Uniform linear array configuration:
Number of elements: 48
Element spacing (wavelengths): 0.75
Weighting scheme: uniform
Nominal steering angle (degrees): -60
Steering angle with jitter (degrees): -58.192
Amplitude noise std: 0.05
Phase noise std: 0.05

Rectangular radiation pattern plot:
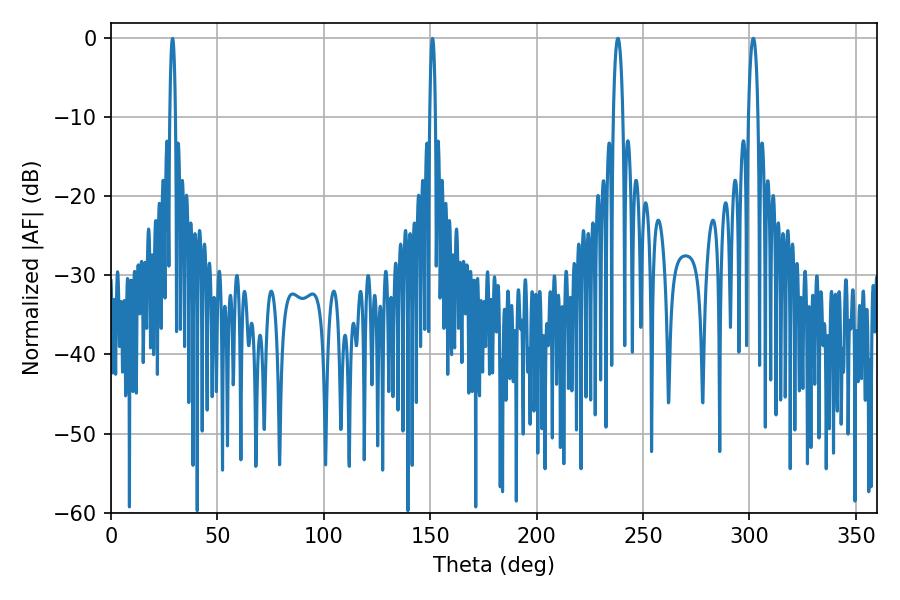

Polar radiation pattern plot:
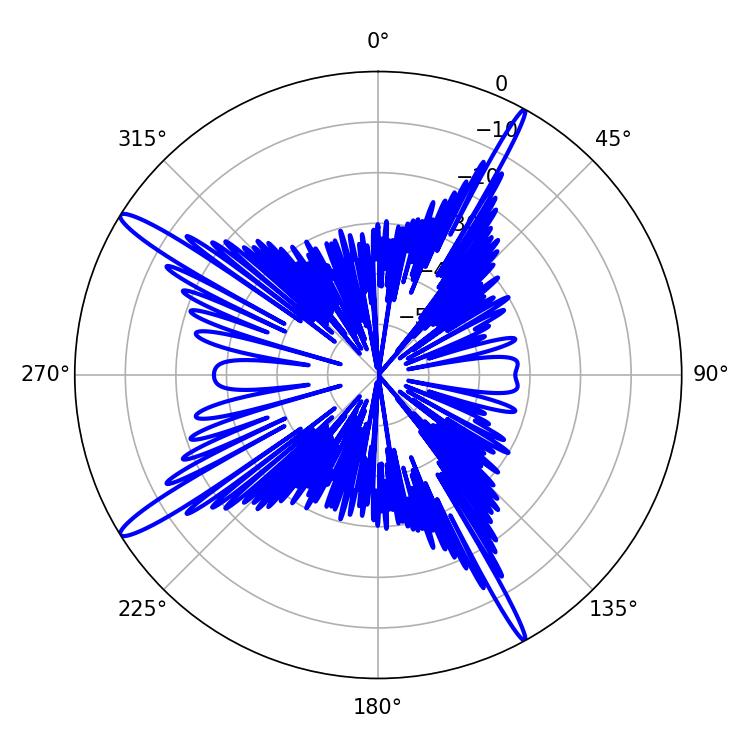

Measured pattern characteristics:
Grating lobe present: TRUE
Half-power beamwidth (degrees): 2.52
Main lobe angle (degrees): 301.86